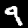
Label: 9